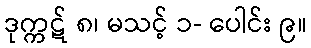
ဒုက္ကဋ် ၈၊ မသင့် ၁- ပေါင်း ၉။